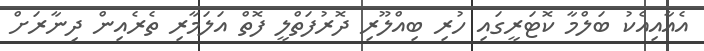
އެއާއިއެކު ބަލްމާ ކޮޓަރީގައި ހުރި ބިއްލޫރި ދޮރުފަތްލީ ފޮތް އަލަމާރި ތެރެއިން ދިނާރަށް